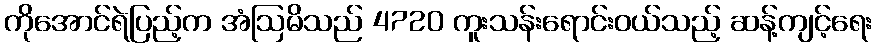
ကိုအောင်ရဲပြည့်က အံဩမိသည် 4720 ကူးသန်းရောင်းဝယ်သည့် ဆန့်ကျင့်ရေး